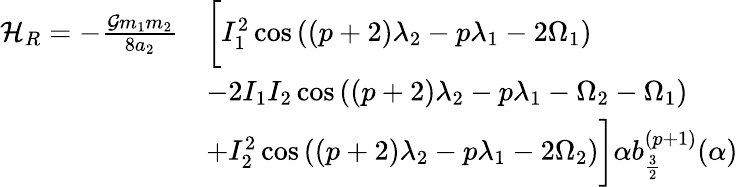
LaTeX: \begin{array}{rl}{\mathcal{H}_{R}=-\frac{\mathcal{G}m_{1}m_{2}}{8a_{2}}}&{\bigg[I_{1}^{2}\cos{((p+2)\lambda_{2}-p\lambda_{1}-2\Omega_{1})}}\\ &{-2I_{1}I_{2}\cos{((p+2)\lambda_{2}-p\lambda_{1}-\Omega_{2}-\Omega_{1})}}\\ &{+I_{2}^{2}\cos{((p+2)\lambda_{2}-p\lambda_{1}-2\Omega_{2})}\bigg]\alpha b_{\frac{3}{2}}^{(p+1)}(\alpha)}\end{array}